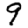
Digit: 9